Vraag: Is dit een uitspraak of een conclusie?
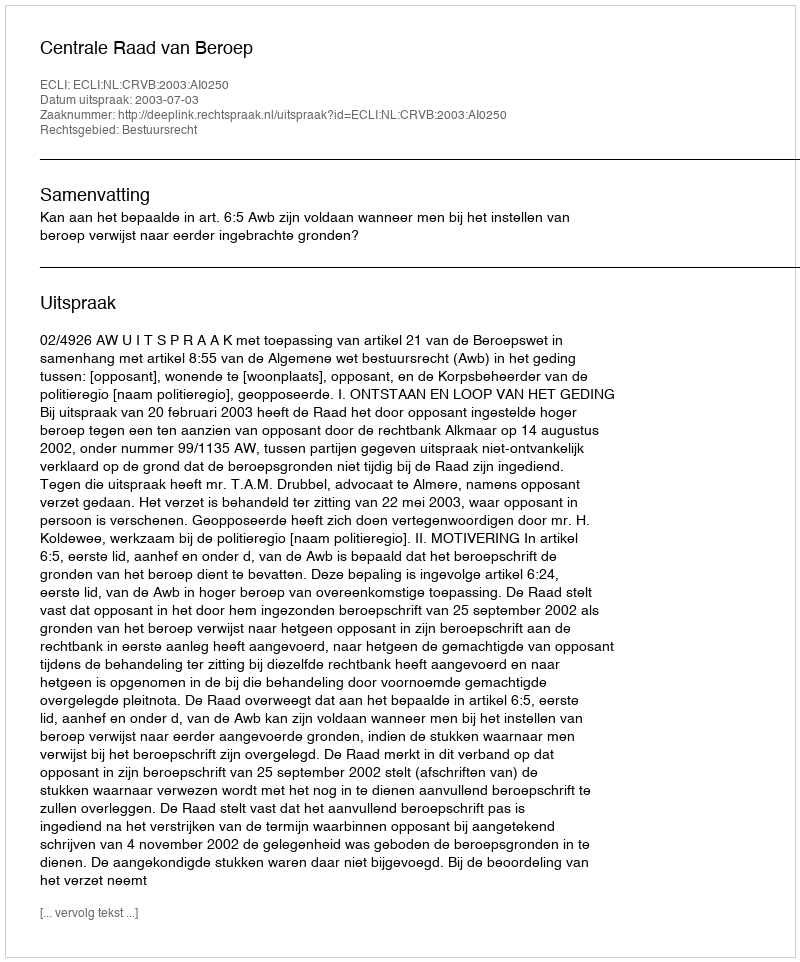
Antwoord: Uitspraak